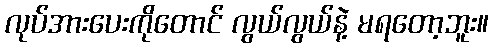
လုပ်အားပေးကိုတောင် လွယ်လွယ်နဲ့ မရတော့ဘူး။